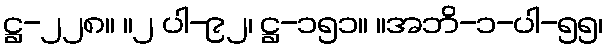
ဋ္ဌ-၂၂၈။ ။၂ ပါ-၉၂၊ ဋ္ဌ-၁၅၁။ ။အဘိ-၁-ပါ-၅၅၊